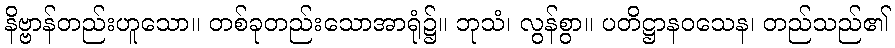
နိဗ္ဗာန်တည်းဟူသော။ တစ်ခုတည်းသောအာရုံ၌။ ဘုသံ၊ လွန်စွာ။ ပတိဋ္ဌာနဝသေန၊ တည်သည်၏